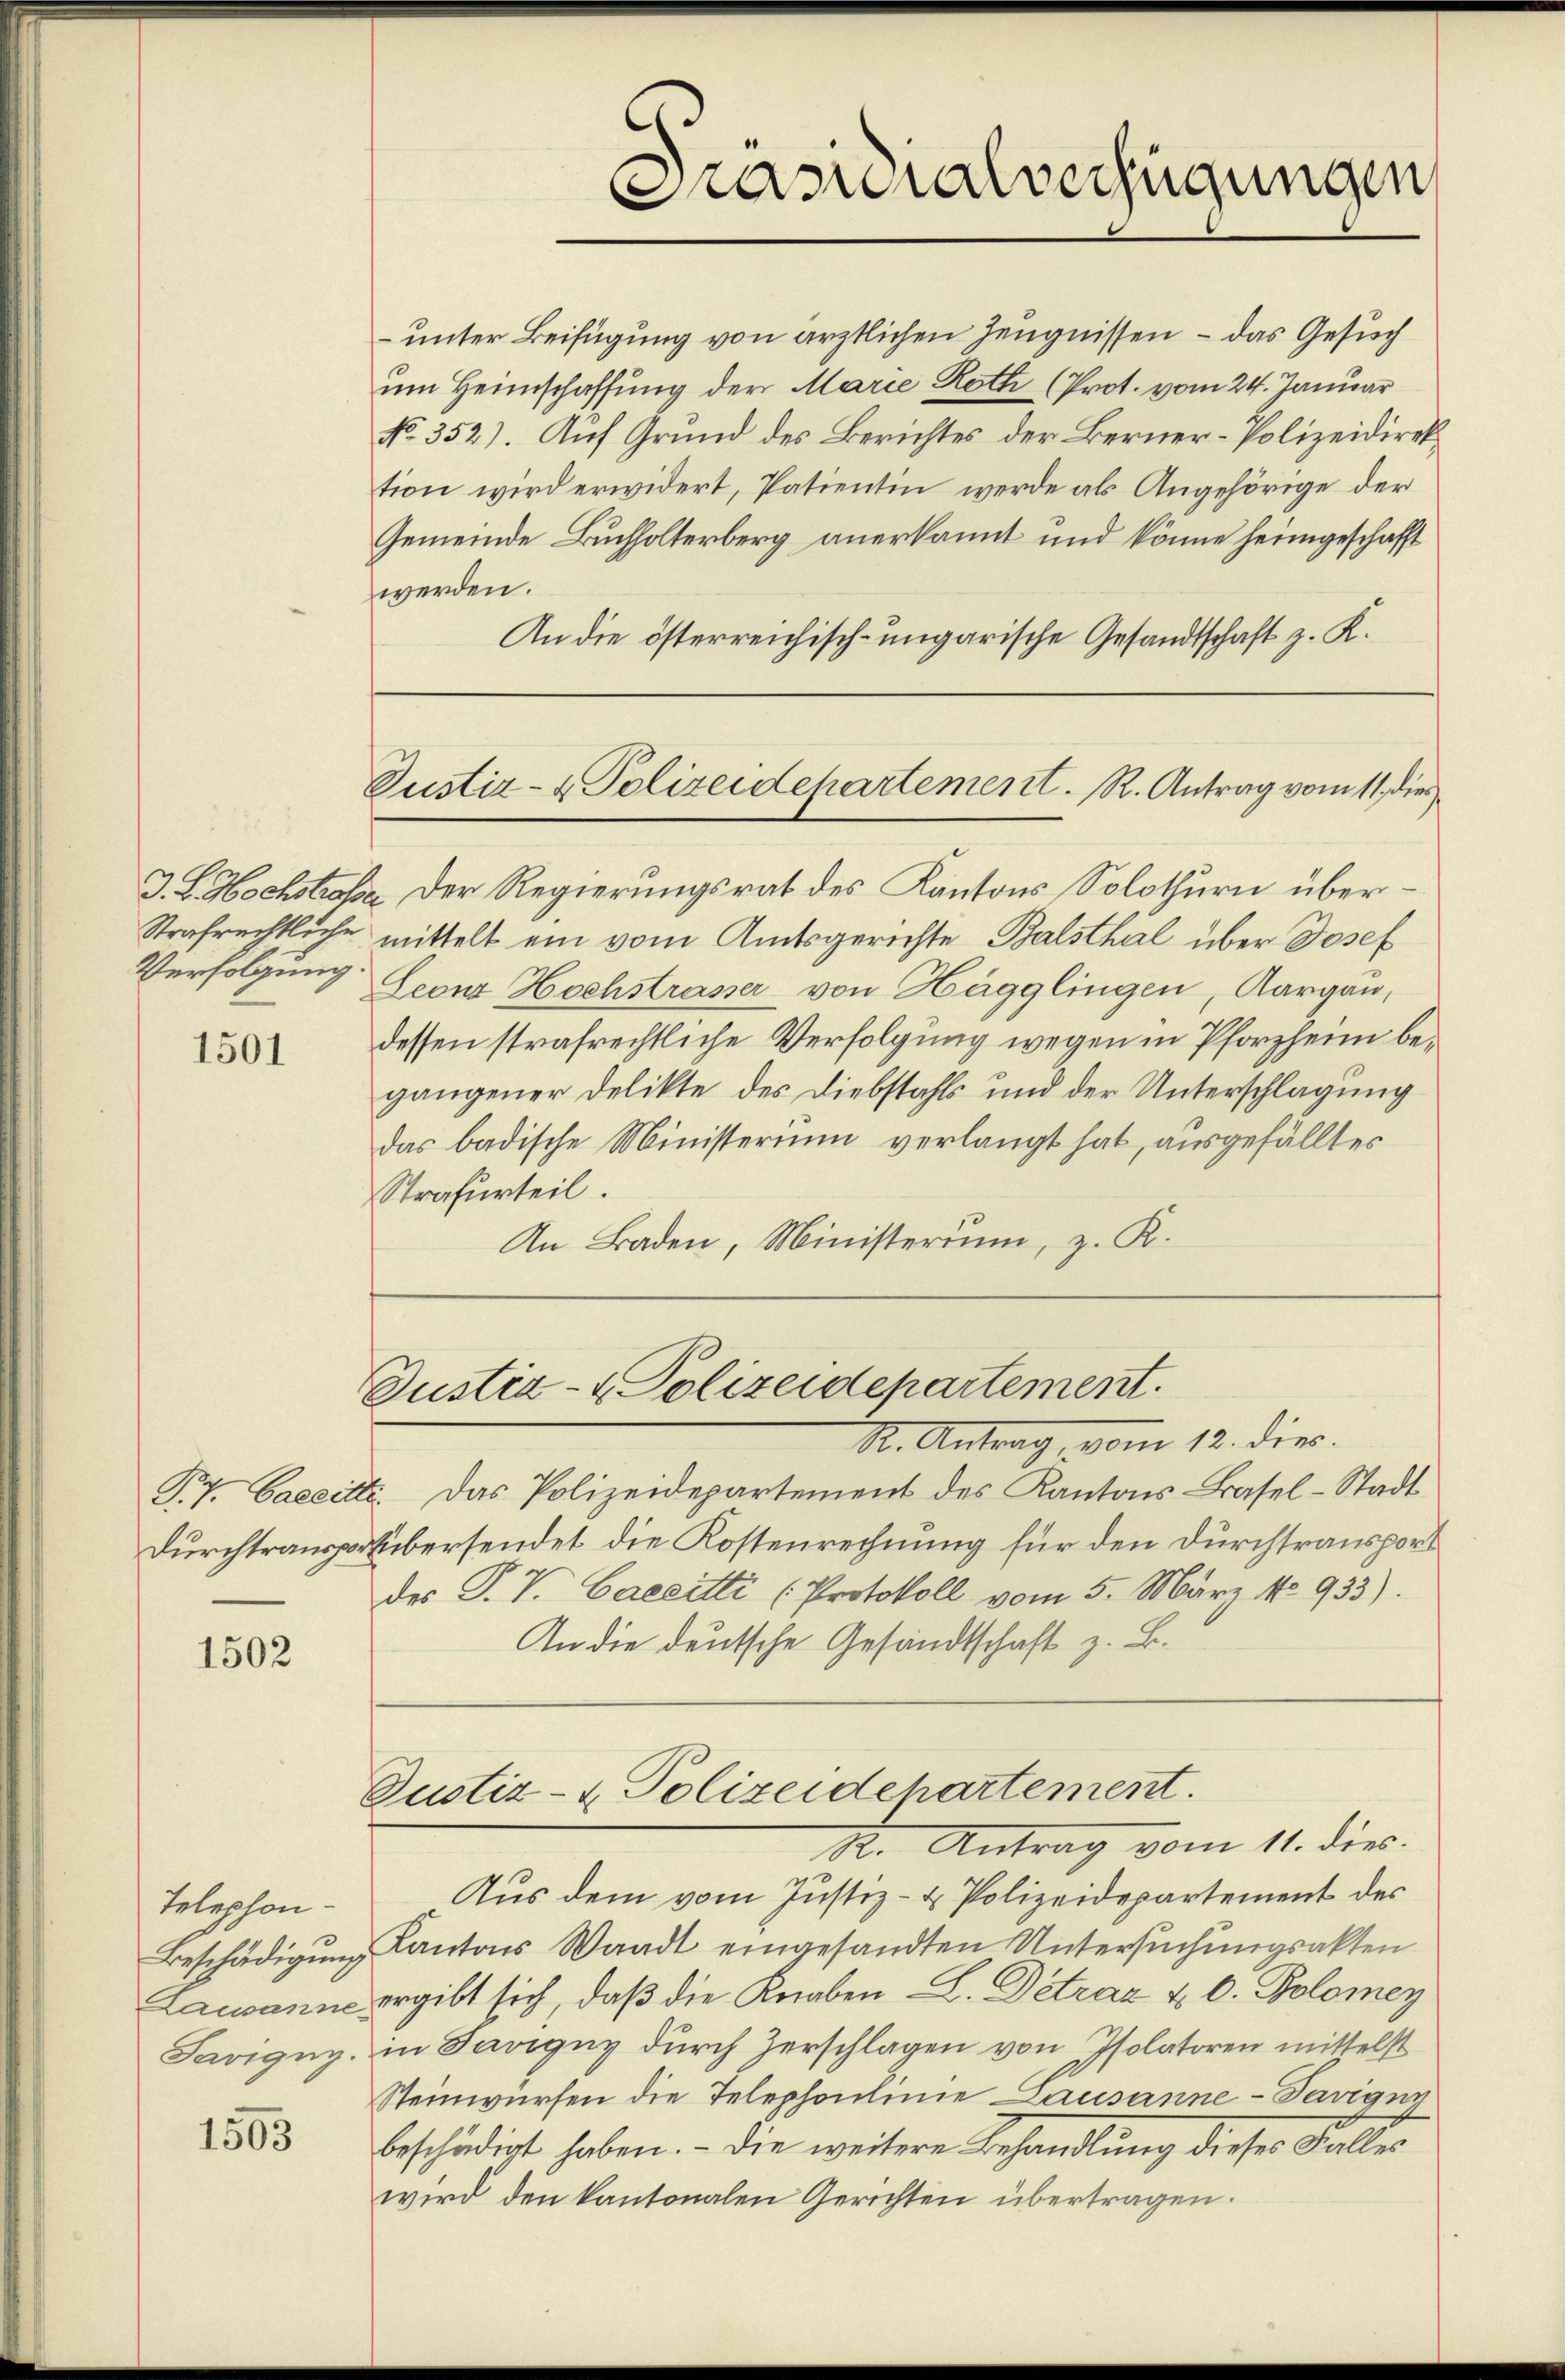
Strafrechtliche
Verfolgung.

1501

P.7. Careille
Durchtransport

1502

Telephon-
Savigny.

1503

unter Beifügung von ärztlichen Zeugnissen – das Gesuch
um Heimschaffung der Marie Roth (Prot. vom 24. Januar
No. 352). Auf Grund des Berichtes der Berner-Polizeidirektion wird erwidert, Patientin werde als Angehörige der
Gemeinde Buchholterberg anerkannt und könne heimgeschafft
werden.
An die österreichisch-ungarische Gesandtschaft z. K.
J. L. Hochstrasse der Regierungsrat des Kantons Solothurn übermittelt ein vom Amtsgerichte Balsthal über Josef
Leonz Hochstrasser von Hägglingen, Aargau,
dessen strafrechtliche Verfolgung wegen in Pforzheim begangener Delikte des Diebstahls und der Unterschlagung
das badische Ministerium verlangt hat, ausgefälltes
Strafurteil.
An Baden, Ministerium, z. K.

Präsidialverfügungen,

Zustiz- & Polizeidepartement. R. Antrag vom 11. dies

Justiz- & Polizeidepartement.

Justiz- & Polizeidchartement.
R. Antrag vom 11. dies

R. Antrag vom 12. die
 Das Polizeidepartement des Kantons Basel-Stadt
Übersendet die Kostenrechnung für den Durchtransport
des P. V. Caecitti (Protokoll vom 5. März No 933).
An die deutsche Gesandtschaft z. B.

Aus dem vom Justiz- & Polizeidepartement des
Beschädigung Kantons Waadt eingesandten Untersuchungsakten
Lausanne ergibt sich, daß die Knaben L. Détraz u. d. Polomey
in Savigny durch Zerschlagen von Isolatoren mittelst
Steinwürfen die Telephonlinie Lausanne - Tavigun
beschädigt haben. - Die weitere Behandlŭng dieser Faller
wird den kantonalen Gerichten übertragen.